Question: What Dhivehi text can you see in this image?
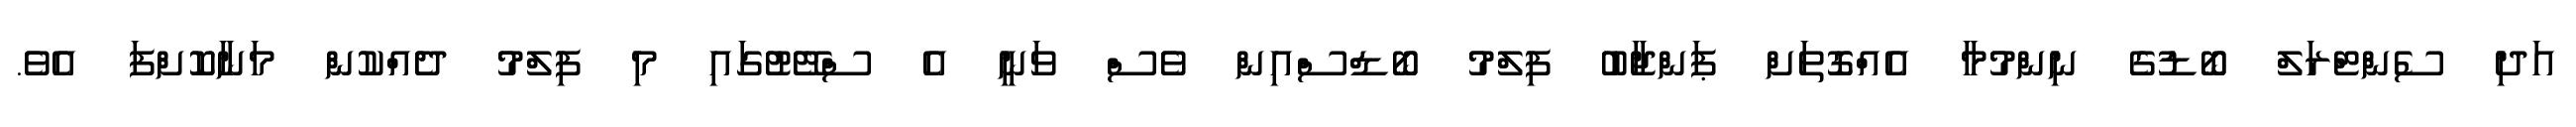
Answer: އަދި ސެންޓްރަލް ބޯޑުގެ ނިންމުމާ އެއްގޮތަށް ޕަންޖާބު ފިލްމު ބޯޑްސްއިން ވެސް ވަނީ އެ ސްޓޭޓުގައި މި ފިލްމު ދެއްކުން މަނާކޮށްފަ އެވެ.